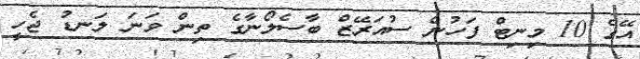
އޭގެ 10 މިނިޓް ފަހުން ސުއަރޭޒް ބާސެލޯނާގެ ތިން ވަނަ ލަނޑު ޖެހީ